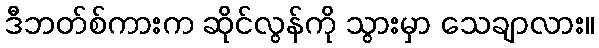
ဒီဘတ်စ်ကားက ဆိုင်လွန်ကို သွားမှာ သေချာလား။